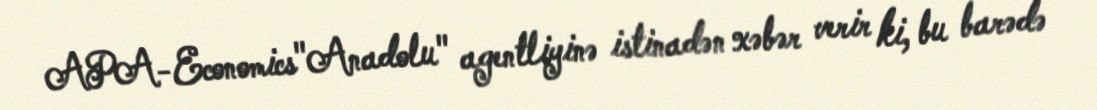
APA-Economics"Anadolu" agentliyinə istinadən xəbər verir ki, bu barədə